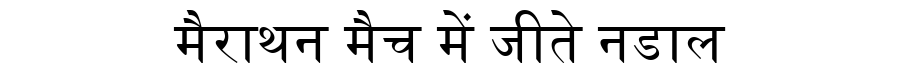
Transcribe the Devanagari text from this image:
मैराथन मैच में जीते नडाल